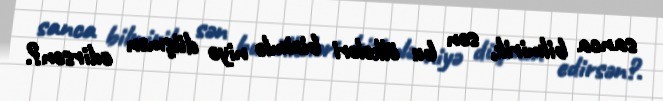
sanca bilmirik, sən bu ölkələri bizimlə niyə düşmən edirsən?.